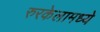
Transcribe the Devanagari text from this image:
रुरकेलामध्ये